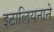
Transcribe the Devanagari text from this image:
इटालियनाने